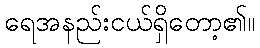
ရေအနည်းငယ်ရှိတော့၏။